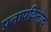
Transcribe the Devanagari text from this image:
प्रतापविनोद